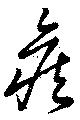
候